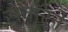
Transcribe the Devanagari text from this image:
सवॉरने